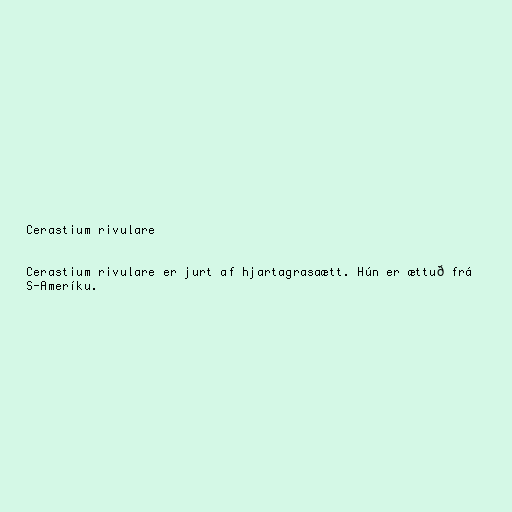
Cerastium rivulare

Cerastium rivulare er jurt af hjartagrasaætt. Hún er ættuð frá
S-Ameríku.